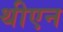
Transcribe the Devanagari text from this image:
थीएन